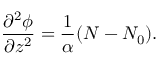
\frac { \partial ^ { 2 } \phi } { \partial z ^ { 2 } } = \frac { 1 } { \alpha } ( N - N _ { 0 } ) .